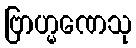
ဗြာဟ္မဏေသု